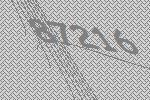
87216